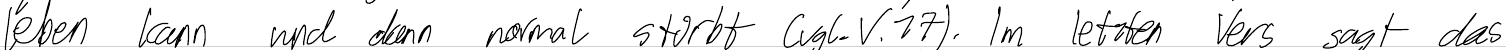
leben kann und dann normal stirbt (vgl. V.17). Im letzten Vers sagt das